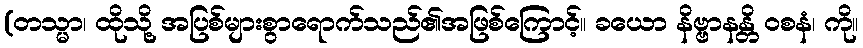
(တသ္မာ၊ ထိုသို့ အပြစ်များစွာရောက်သည်၏အဖြစ်ကြောင့်။ ခယော နိဗ္ဗာနန္တိ ဝစနံ၊ ကို။